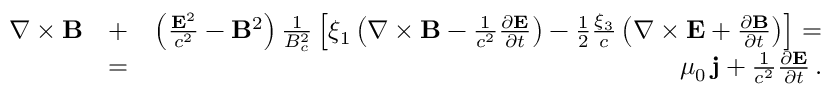
\begin{array} { r l r } { \nabla \times { \bf B } } & { + } & { \left( \frac { { \bf E } ^ { 2 } } { c ^ { 2 } } - { \bf B } ^ { 2 } \right) \frac { 1 } { B _ { c } ^ { 2 } } \left[ \xi _ { 1 } \left( \nabla \times { \bf B } - \frac { 1 } { c ^ { 2 } } \frac { \partial { \bf E } } { \partial t } \right) - \frac { 1 } { 2 } \frac { \xi _ { 3 } } { c } \left( \nabla \times { \bf E } + \frac { \partial { \bf B } } { \partial t } \right) \right] = } \\ & { = } & { \mu _ { 0 } \, { \bf j } + \frac { 1 } { c ^ { 2 } } \frac { \partial { \bf E } } { \partial t } \, . } \end{array}